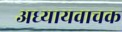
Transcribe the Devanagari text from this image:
अध्यायवाचक